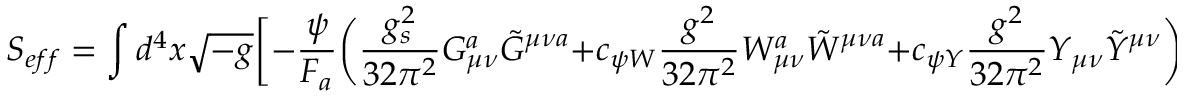
S _ { e f f } = \int d ^ { 4 } x \sqrt { - g } \biggl [ - \frac { \psi } { F _ { a } } \biggl ( \frac { g _ { s } ^ { 2 } } { 3 2 \pi ^ { 2 } } G _ { \mu \nu } ^ { a } \tilde { G } ^ { \mu \nu a } + c _ { \psi W } \frac { g ^ { 2 } } { 3 2 \pi ^ { 2 } } W _ { \mu \nu } ^ { a } \tilde { W } ^ { \mu \nu a } + c _ { \psi Y } \frac { g ^ { 2 } } { 3 2 \pi ^ { 2 } } Y _ { \mu \nu } \tilde { Y } ^ { \mu \nu } \biggl ) \biggr ]